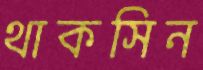
থাকসিন